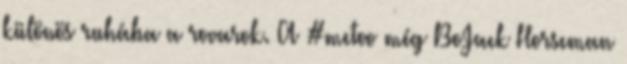
különös ruhába a rovarok. A #metoo még BoJack Horseman